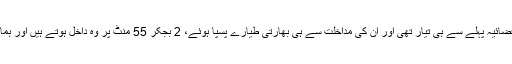
ساتھ ہی وزیر خارجہ شاہ محمود قریشی نے لقمہ دیا کہ پاک فضائیہ پہلے سے ہی تیار تھی اور ان کی مداخلت سے ہی بھارتی طیارے پسپا ہوئے، 2 بجکر 55 منٹ پر وہ داخل ہوتے ہیں اور ہمارے ردعمل پر 2 بجکر 58 منٹ پر وہ واپس چلے جاتے ہیں۔